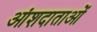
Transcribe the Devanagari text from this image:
आंशदाताओं